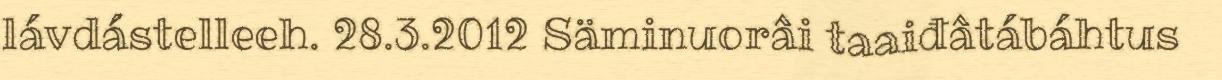
lávdástelleeh. 28.3.2012 Säminuorâi taaiđâtábáhtus